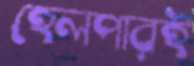
হেলপারই